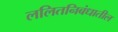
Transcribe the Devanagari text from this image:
ललितनिबंधातील